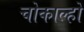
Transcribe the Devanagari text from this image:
चोकाल्हो